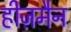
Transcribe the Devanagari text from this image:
हीज़मैन